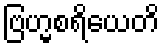
ဗြဟ္မစရိယေတိ